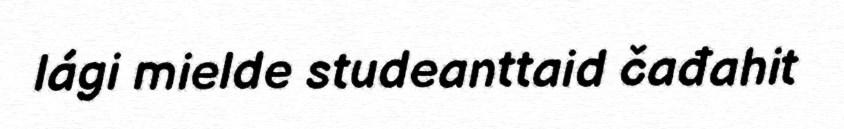
lági mielde studeanttaid čađahit